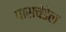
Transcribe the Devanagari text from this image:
पासचेंडेल